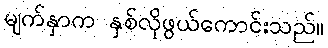
မျက်နှာက နှစ်လိုဖွယ်ကောင်းသည်။